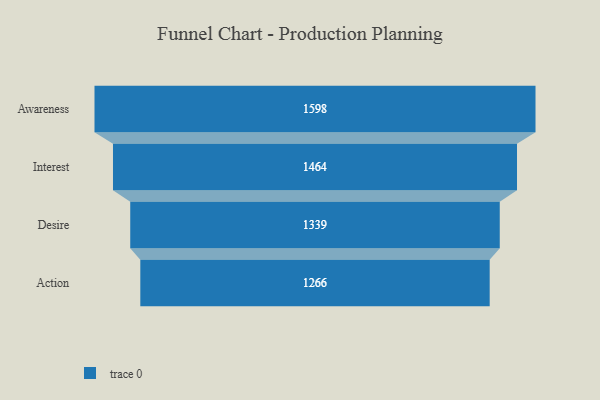
{"axis": {"x": "Stage", "y": "Value"}, "legend": [""], "data": [{"x": "Awareness", "y": 1598.0, "type": ""}, {"x": "Interest", "y": 1464.0, "type": ""}, {"x": "Desire", "y": 1339.0, "type": ""}, {"x": "Action", "y": 1266.0, "type": ""}]}